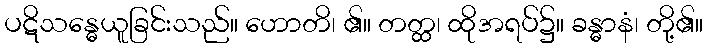
ပဋိသန္ဓေယူခြင်းသည်။ ဟောတိ၊ ၏။ တတ္ထ၊ ထိုအရပ်၌။ ခန္ဓာနံ၊ တို့၏။